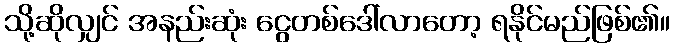
သို့ဆိုလျှင် အနည်းဆုံး ငွေတစ်ဒေါ်လာတော့ ရနိုင်မည်ဖြစ်၏။